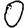
Digit: 0